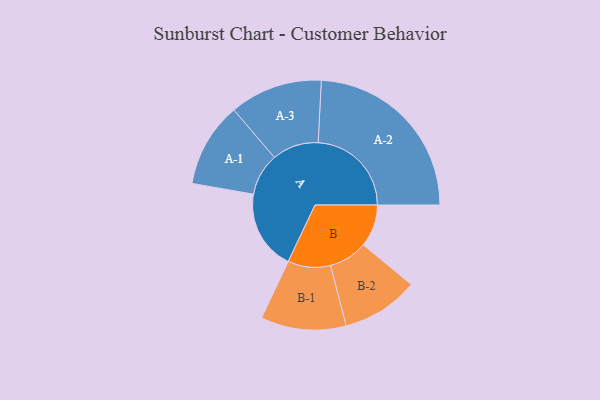
{"axis": {"x": "Segment", "y": "Value"}, "legend": ["", "A", "B"], "data": [{"x": "A", "y": 251, "type": ""}, {"x": "B", "y": 133, "type": ""}, {"x": "A-1", "y": 133, "type": "A"}, {"x": "A-2", "y": 293, "type": "A"}, {"x": "A-3", "y": 146, "type": "A"}, {"x": "B-1", "y": 134, "type": "B"}, {"x": "B-2", "y": 121, "type": "B"}]}